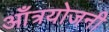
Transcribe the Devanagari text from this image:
आँत्रयोजनी